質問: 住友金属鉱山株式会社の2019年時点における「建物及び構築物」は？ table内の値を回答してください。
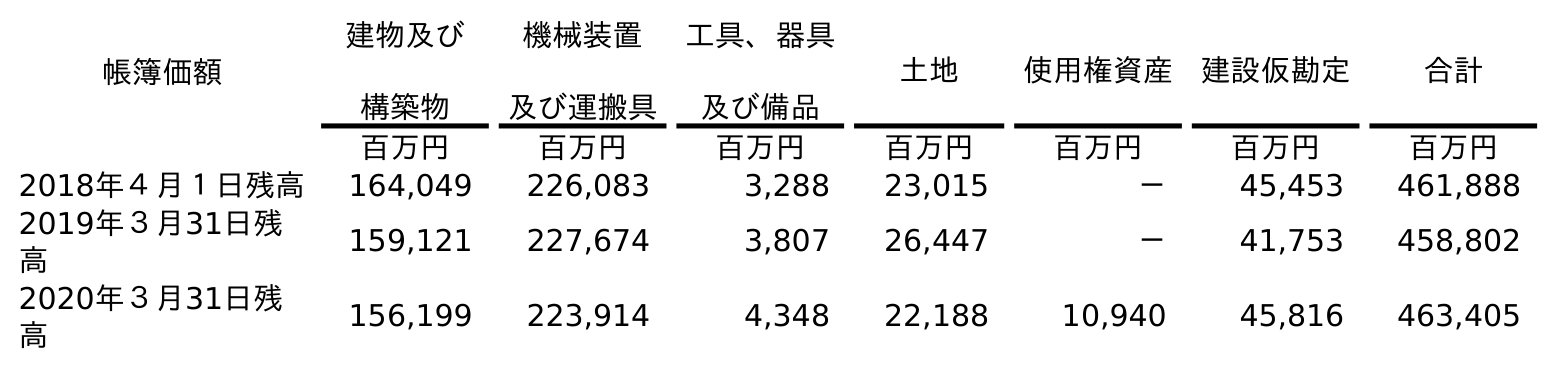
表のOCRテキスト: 帳簿価額 建物及び 構築物 機械装置 及び運搬具 工具、器具 及び備品 土地 使用権資産 建設仮勘定 合計 百万円 百万円 百万円 百万円 百万円 百万円 百万円 2018年４月１日残高 164,049 226,083 3,288 23,015 － 45,453 461,888 2019年３月31日残 高 159,121 227,674 3,807 26,447 － 41,753 458,802 2020年３月31日残 高 156,199 223,914 4,348 22,188 10,940 45,816 463,405
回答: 159,121